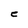
Character: e